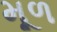
મૂળ